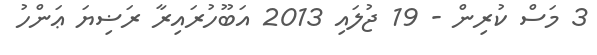
3 މަސް ކުރިން - 19 ޖުލައި 2013 އަބޫހުރައިރާ ރަޟިޔަ ޢަންހު